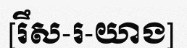
[រឹស-រ-យាង]